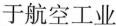
于航空工业